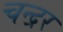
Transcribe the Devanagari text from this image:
चन्द्रर